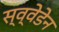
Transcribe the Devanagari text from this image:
स्व्वेडेन